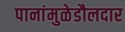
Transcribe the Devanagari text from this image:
पानांमुळेडौलदार